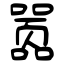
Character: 嚣